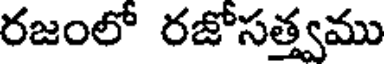
రజంలో రజోసత్త్వము